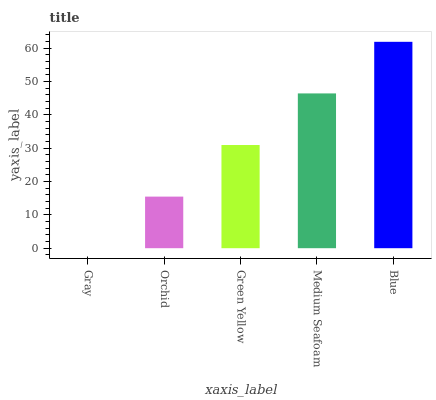
| xaxis_label | bars |
 | --- | --- |
 | Gray | 0 |
 | Orchid | 15.5 |
 | Green Yellow | 31 |
 | Medium Seafoam | 46.5 |
 | Blue | 61.9 |